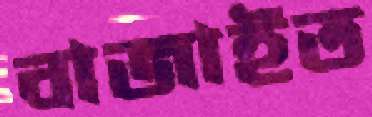
বাজাইত